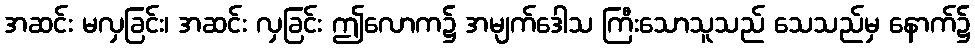
အဆင်း မလှခြင်း၊ အဆင်း လှခြင်း ဤလောက၌ အမျက်ဒေါသ ကြီးသောသူသည် သေသည်မှ နောက်၌